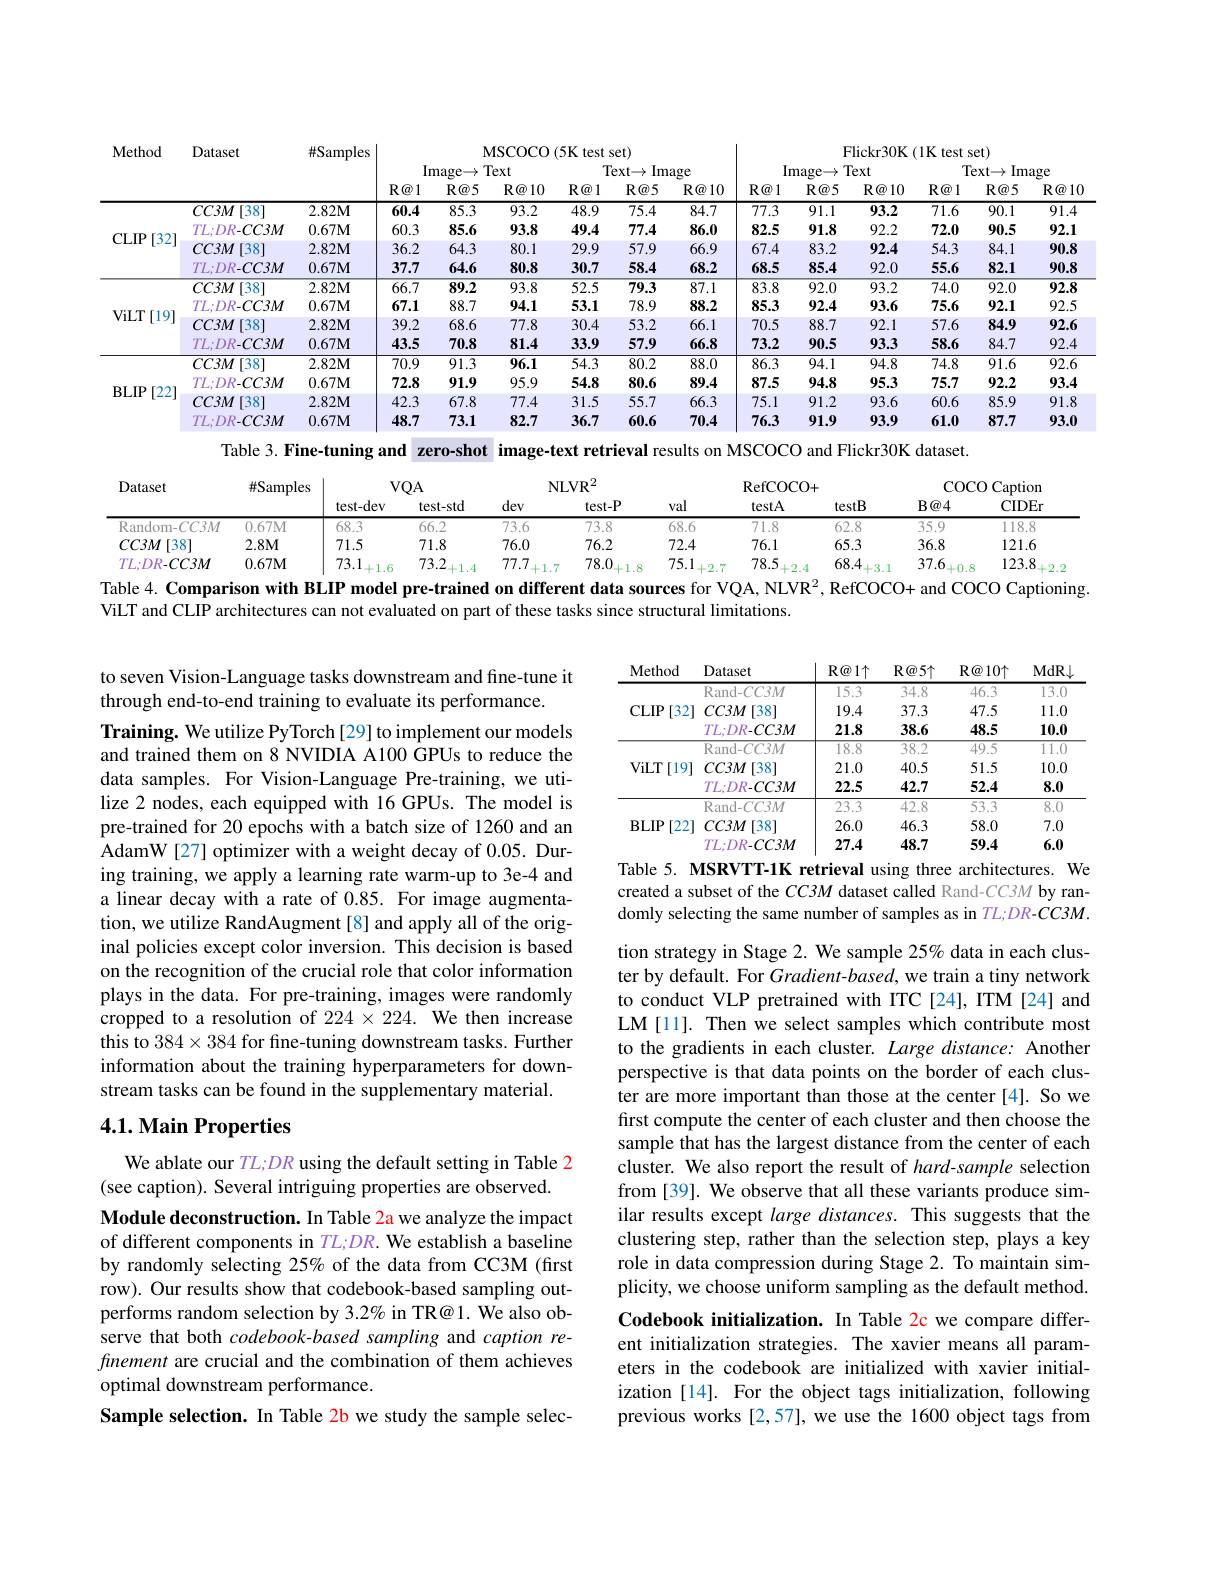
<table>
	<tbody>
		<tr>
			<th rowspan="3">Method</th>
			<th rowspan="3">Dataset</th>
			<th>$\#S:$ Samples</th>
			<th colspan="6">MSCOCO (5K test set)</th>
			<th> </th>
			<th colspan="5">Flickr30K(1K ${\textbf{K test set}})$</th>
		</tr>
		<tr>
			<th rowspan="2"> </th>
			<th colspan="3">Image$\to$Text</th>
			<th colspan="3">$\operatorname{Text}\to$ , Image</th>
			<th> </th>
			<th colspan="2">Image$\to$Text</th>
			<th colspan="3">$\operatorname{Text}\to$ Image 1</th>
		</tr>
		<tr>
			<th>$R@1$</th>
			<th>$R@5$</th>
			<th>$R@10$</th>
			<th>$R@1$</th>
			<th>$R@5$</th>
			<th>$\mathbb{R} \textcircled {a}10$</th>
			<th>$R@1$</th>
			<th>$R@5$</th>
			<th>$R@10$</th>
			<th>$R@1$</th>
			<th>$R@5$</th>
			<th>$\mathbf{R} \textcircled {\boldsymbol{v}}1$</th>
		</tr>
		<tr>
			<td rowspan="4">$CLIP$ [32]</td>
			<td>[38] $CC3M$</td>
			<td>$2.82\mathbf{M}$</td>
			<td>60.4</td>
			<td>85.3</td>
			<td>93.2</td>
			<td>48.9</td>
			<td>75.4</td>
			<td>84.7</td>
			<td>77.3</td>
			<td>91.1</td>
			<td>93.2</td>
			<td>$\overline{71.6}$</td>
			<td>90.1</td>
			<td>91.4</td>
		</tr>
		<tr>
			<td>$TL;DR-CC3M$</td>
			<td>$0.67M$</td>
			<td>60.3</td>
			<td>85.6</td>
			<td>93.8</td>
			<td>49.4</td>
			<td>77.4</td>
			<td>86.0</td>
			<td>82.5</td>
			<td>91.8</td>
			<td>92.2</td>
			<td>72.0</td>
			<td>90.5</td>
			<td>92.1</td>
		</tr>
		<tr>
			<td>$CC3M$ [38]</td>
			<td>$2.82M$</td>
			<td>36.2</td>
			<td>64.3</td>
			<td>80.1</td>
			<td>29.9</td>
			<td>57.9</td>
			<td>66.9</td>
			<td>67.4</td>
			<td>83.2</td>
			<td>92.4</td>
			<td>54.3</td>
			<td>84.1</td>
			<td>90.8</td>
		</tr>
		<tr>
			<td>TL;DR-CC3M</td>
			<td>$0.67M$</td>
			<td>37.7</td>
			<td>64.6</td>
			<td>80.8</td>
			<td>30.7</td>
			<td>58.4</td>
			<td>68.2</td>
			<td>68.5</td>
			<td>85.4</td>
			<td>92.0</td>
			<td>55.6</td>
			<td>82.1</td>
			<td>90.8</td>
		</tr>
		<tr>
			<td rowspan="4">ViLT$\left [ 19\right ]$</td>
			<td>$[38^{.}$ $CC3M$</td>
			<td>$2.82\mathbf{M}$</td>
			<td>66.7</td>
			<td>89.2</td>
			<td>93.8</td>
			<td>52.5</td>
			<td>79.3</td>
			<td>87.1</td>
			<td>83.8</td>
			<td>92.0</td>
			<td>93.2</td>
			<td>74.0</td>
			<td>92.0</td>
			<td>92.8</td>
		</tr>
		<tr>
			<td>$TL;DR-CC3M$</td>
			<td>$0.67\mathbf{M}$</td>
			<td>67.1</td>
			<td>88.7</td>
			<td>94.1</td>
			<td>53.1</td>
			<td>78.9</td>
			<td>88.2</td>
			<td>85.3</td>
			<td>92.4</td>
			<td>93.6</td>
			<td>75.6</td>
			<td>92.1</td>
			<td>92.5</td>
		</tr>
		<tr>
			<td>$[38^{\cdot}$ $CC3M$</td>
			<td>$2.82M$</td>
			<td>39.2</td>
			<td>68.6</td>
			<td>77.8</td>
			<td>30.4</td>
			<td>53.2</td>
			<td>66.1</td>
			<td>70.5</td>
			<td>88.7</td>
			<td>92.1</td>
			<td>57.6</td>
			<td>84.9</td>
			<td>92.6</td>
		</tr>
		<tr>
			<td>$TL;DR-CC3M$</td>
			<td>$0.67M$</td>
			<td>43.5</td>
			<td>70.8</td>
			<td>81.4</td>
			<td>33.9</td>
			<td>57.9</td>
			<td>66.8</td>
			<td>73.2</td>
			<td>90.5</td>
			<td>93.3</td>
			<td>58.6</td>
			<td>84.7</td>
			<td>92.4</td>
		</tr>
		<tr>
			<td rowspan="4">$BLIP$ [22]</td>
			<td>$CC3M$ $[38^{.}$</td>
			<td>$2.82\mathbf{M}$</td>
			<td>70.9</td>
			<td>91.3</td>
			<td>96.1</td>
			<td>54.3</td>
			<td>80.2</td>
			<td>88.0</td>
			<td>86.3</td>
			<td>94.1</td>
			<td>94.8</td>
			<td>74.8</td>
			<td>91.6</td>
			<td>92.6</td>
		</tr>
		<tr>
			<td>$TL;DR-CC3M$</td>
			<td>$0.67\mathbf{M}$</td>
			<td>72.8</td>
			<td>91.9</td>
			<td>95.9</td>
			<td>54.8</td>
			<td>80.6</td>
			<td>89.4</td>
			<td>87.5</td>
			<td>94.8</td>
			<td>95.3</td>
			<td>75.7</td>
			<td>92.2</td>
			<td>93.4</td>
		</tr>
		<tr>
			<td>$CC3M$ [38]</td>
			<td>$2.82M$</td>
			<td>42.3</td>
			<td>67.8</td>
			<td>77.4</td>
			<td>31.5</td>
			<td>55.7</td>
			<td>66.3</td>
			<td>75.1</td>
			<td>91.2</td>
			<td>93.6</td>
			<td>60.6</td>
			<td>85.9</td>
			<td>91.8</td>
		</tr>
		<tr>
			<td>$TL;DR-CC3M$</td>
			<td>$0.67\mathbf{M}$</td>
			<td>48.7</td>
			<td>73.1</td>
			<td>82.7</td>
			<td>36.7</td>
			<td>60.6</td>
			<td>70.4</td>
			<td>76.3</td>
			<td>91.9</td>
			<td>93.9</td>
			<td>61.0</td>
			<td>87.7</td>
			<td>93.0</td>
		</tr>
	</tbody>
</table>

<table>
	<tbody>
		<tr>
			<th rowspan="2">Dataset</th>
			<th rowspan="2">#Samples</th>
			<th colspan="2">$VQA$</th>
			<th colspan="2">$\mathrm{NLVR}^{2}$</th>
			<th> </th>
			<th colspan="2">RefCOCO+ </th>
			<th colspan="2">$\operatorname{COCO}$ Caption</th>
		</tr>
		<tr>
			<th>test-dev</th>
			<th>test-std</th>
			<th>dev</th>
			<th>test-P</th>
			<th>val</th>
			<th>testA</th>
			<th>testB</th>
			<th>$B@4$</th>
			<th>CIDEr</th>
		</tr>
		<tr>
			<td>Random- CC3M</td>
			<td>0.67M</td>
			<td>68.3</td>
			<td>66.2</td>
			<td>73.6</td>
			<td>73.8</td>
			<td>68.6</td>
			<td>71.8</td>
			<td>62.8</td>
			<td>3.5.9</td>
			<td>118.8</td>
		</tr>
		<tr>
			<td>$CC3M$ [38]</td>
			<td>$2.8M$</td>
			<td>71.5</td>
			<td>71.8</td>
			<td>76.0</td>
			<td>76.2</td>
			<td>72.4</td>
			<td>76.1</td>
			<td>65.3</td>
			<td>36.8</td>
			<td>121.6</td>
		</tr>
		<tr>
			<td>$TL;DR-CC3M$</td>
			<td>$0.67\mathbf{M}$</td>
			<td>73.1</td>
			<td>73.2</td>
			<td>77.7</td>
			<td>78.0</td>
			<td>75.1 9 7</td>
			<td>78.5</td>
			<td>68.4</td>
			<td>37.6</td>
			<td>123.8</td>
		</tr>
	</tbody>
</table>
Table 4. Comparison with BLIP model pre-trained on different data sources for VQA, NLVR$^2$, RefCOCO+ and COCO Captioning

ViLT and CLIP architectures can not evaluated on part of these tasks since structural limitations.

<table>
	<tbody>
		<tr>
			<th>Method</th>
			<th>Dataset</th>
			<th>$R@1\uparrow$</th>
			<th>$R@5\uparrow$</th>
			<th>${\mathbf{R}}\textcircled{a}10\uparrow$</th>
			<th>MdRJ</th>
		</tr>
		<tr>
			<td rowspan="3">CLIP$\left [ 32\right ]$</td>
			<td>$\operatorname{Rand-CC3M}$</td>
			<td>1.5.3</td>
			<td>34.8</td>
			<td>46.3</td>
			<td>13.0</td>
		</tr>
		<tr>
			<td>$CC3M$ [38]</td>
			<td>19.4</td>
			<td>37.3</td>
			<td>47.5</td>
			<td>11.0</td>
		</tr>
		<tr>
			<td>$TL;DR-CC3M$</td>
			<td>21.8</td>
			<td>38.6</td>
			<td>48.5</td>
			<td>10.0</td>
		</tr>
		<tr>
			<td> </td>
			<td>$\operatorname{Rand-CC}C3M$</td>
			<td>$\overline{18.8}$</td>
			<td>38.2</td>
			<td>49.5</td>
			<td>11.0</td>
		</tr>
		<tr>
			<td rowspan="2">ViLT$\left [ 19\right ]$</td>
			<td>$CC3M$ [38]</td>
			<td>21.0</td>
			<td>40.5</td>
			<td>51.5</td>
			<td>10.0</td>
		</tr>
		<tr>
			<td>$TL;DR-CC3M$</td>
			<td>22.5</td>
			<td>42.7</td>
			<td>52.4</td>
			<td>8.0</td>
		</tr>
		<tr>
			<td> </td>
			<td>$\operatorname{Rand-CC}C3M$</td>
			<td>23.3</td>
			<td>42.8</td>
			<td>53.3</td>
			<td>8.0</td>
		</tr>
		<tr>
			<td rowspan="2">BLIP$\left [ 22\right ]$</td>
			<td>$CC3M$ [38]</td>
			<td>26.0</td>
			<td>46.3</td>
			<td>58.0</td>
			<td>7.0</td>
		</tr>
		<tr>
			<td>$TL;DR-CC3M$</td>
			<td>27.4</td>
			<td>48.7</td>
			<td>59.4</td>
			<td>6.0</td>
		</tr>
	</tbody>
</table>
Table 5. MSRVTT-1K retrieval using three architectures. We

to seven Vision-Language tasks downstream and fine-tune it
through end-to-end training to evaluate its performance.
Training. We utilize PyTorch[29] to implement our models and trained them on 8 NVIDIA A100 GPUs to reduce the data samples. For Vision-Language Pre-training, we utilize 2 nodes, each equipped with 16 GPUs. The model is pre-trained for 20 epochs with a batch size of 1260 and an AdamW[27] optimizer with a weight decay of 0.05. During training, we apply a learning rate warm-up to 3e-4 and a linear decay with a rate of 0.85. For image augmentation, we utilize RandAugment[8] and apply all of the original policies except color inversion. This decision is based on the recognition of the crucial role that color information plays in the data. For pre-training, images were randomly cropped to a resolution of 224 $\times224.$ We then increase this to $384\times384$ for fne-tuning downstream tasks. Further information about the training hyperparameters for downstream tasks can be found in the supplementary material.

created a subset of the $CC3M$ dataset called Rand-CC3M by randomly selecting the same number of samples as in $TL;DR-CC3M.$

## 4.1. Main Properties

tion strategy in Stage 2. We sample 25% data in each cluster by default. For Gradient-based, we train a tiny network to conduct VLP pretrained with ITC [24], ITM [24] and LM [11]. Then we select samples which contribute most to the gradients in each cluster. Large distance: Another perspective is that data points on the border of each cluster are more important than those at the center [4]. So we first compute the center of each cluster and then choose the sample that has the largest distance from the center of each cluster. We also report the result of hard-sample selection from [39]. We observe that all these variants produce similar results except large distances. This suggests that the clustering step, rather than the selection step, plays a key role in data compression during Stage 2. To maintain simplicity, we choose uniform sampling as the default method Codebook initialization. In Table 2c we compare different initialization strategies. The xavier means all parameters in the codebook are initialized with xavier initialization [14]. For the object tags initialization, following previous works [2,57], we use the 1600 object tags from

We ablate our $TL;DR$ using the default setting in Table 2
(see caption). Several intriguing properties are observed.
Module deconstruction. In Table 2a we analyze the impact of different components in TL;DR. We establish a baseline by randomly selecting 25% of the data from CC3M (first row). Our results show that codebook-based sampling outperforms random selection by 3.2% in TR@1. We also observe that both codebook-based sampling and caption refinement are crucial and the combination of them achieves optimal downstream performance.
Sample selection. In Table 2b we study the sample selec-